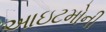
આઇટમોની